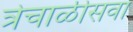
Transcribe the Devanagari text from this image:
त्रेचाळीसवा